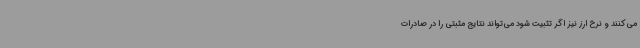
می‌کنند و نرخ ارز نیز اگر تثبیت شود می‌تواند نتایج مثبتی را در صادرات